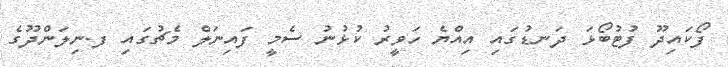
ފޯކައިދޫ ފުޓުބޯޅަ ދަނޑުގައި އިއްޔެ ހަވީރު ކުޅުނު ސެމީ ފައިނަލް މެޗުގައި ފ.ނިލަންދޫގެ